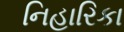
નિહારિકા